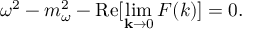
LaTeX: { \omega } ^ { 2 } - m _ { \omega } ^ { 2 } - \mathrm { R e } [ \operatorname * { l i m } _ { { \bf k } \rightarrow 0 } F ( k ) ] = 0 .